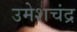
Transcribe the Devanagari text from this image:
उमेशचंद्र